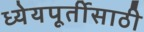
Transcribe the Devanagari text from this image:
ध्येयपूर्तीसाठी